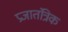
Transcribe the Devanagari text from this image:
प्रजातंत्रिक